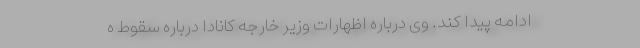
ادامه پیدا کند. وی درباره اظهارات وزیر خارجه کانادا درباره سقوط ه